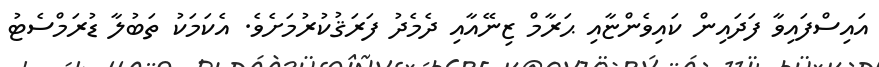
އައިސްފައިވާ ފަދައިން ކައިވެންޏާއި ޙަރާމް ޒިނޭއާއި ދެމެދު ފަރަޤުކުރުމަށެވެ. އެކަމަކު ތަބުލާ ޑުރަމްސެޓު